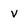
Character: V